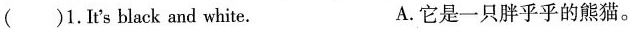
()1.It's black and white。 A.它是一只胖乎乎的熊猫。